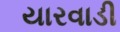
યારવાડી